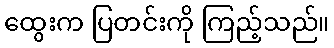
ထွေးက ပြတင်းကို ကြည့်သည်။